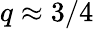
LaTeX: q\approx 3/4